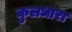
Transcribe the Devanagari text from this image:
कुलधारा